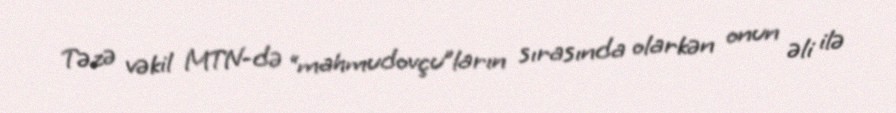
Təzə vəkil MTN-də “mahmudovçu”ların sırasında olarkən onun əli ilə